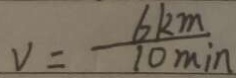
v = \frac { 6 k m } { 1 0 \min }